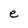
Character: e